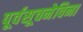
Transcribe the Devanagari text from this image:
पूर्वसूचनेविना